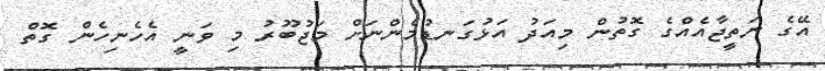
އޭގެ ނަތީޖާއެއްގެ ގޮތުން މިއަދު އަޅުގަނޑުމެންނަށް މަޖުބޫރު މި ވަނީ އެހެނިހެން ގޮތް